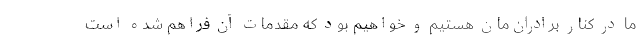
ما در کنار برادران‌مان هستیم و خواهیم بود که مقدمات آن فراهم شده است